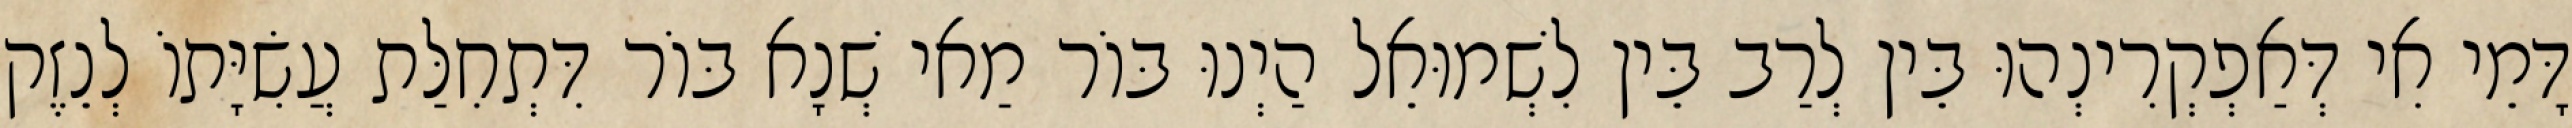
דָּמֵי אִי דְּאַפְקְרִינְהוּ בֵּין לְרַב בֵּין לִשְׁמוּאֵל הַיְנוּ בּוֹר מַאי שְׁנָא בּוֹר דִּתְחִלַּת עֲשִׂיָּתוֹ לְנֵזֶק